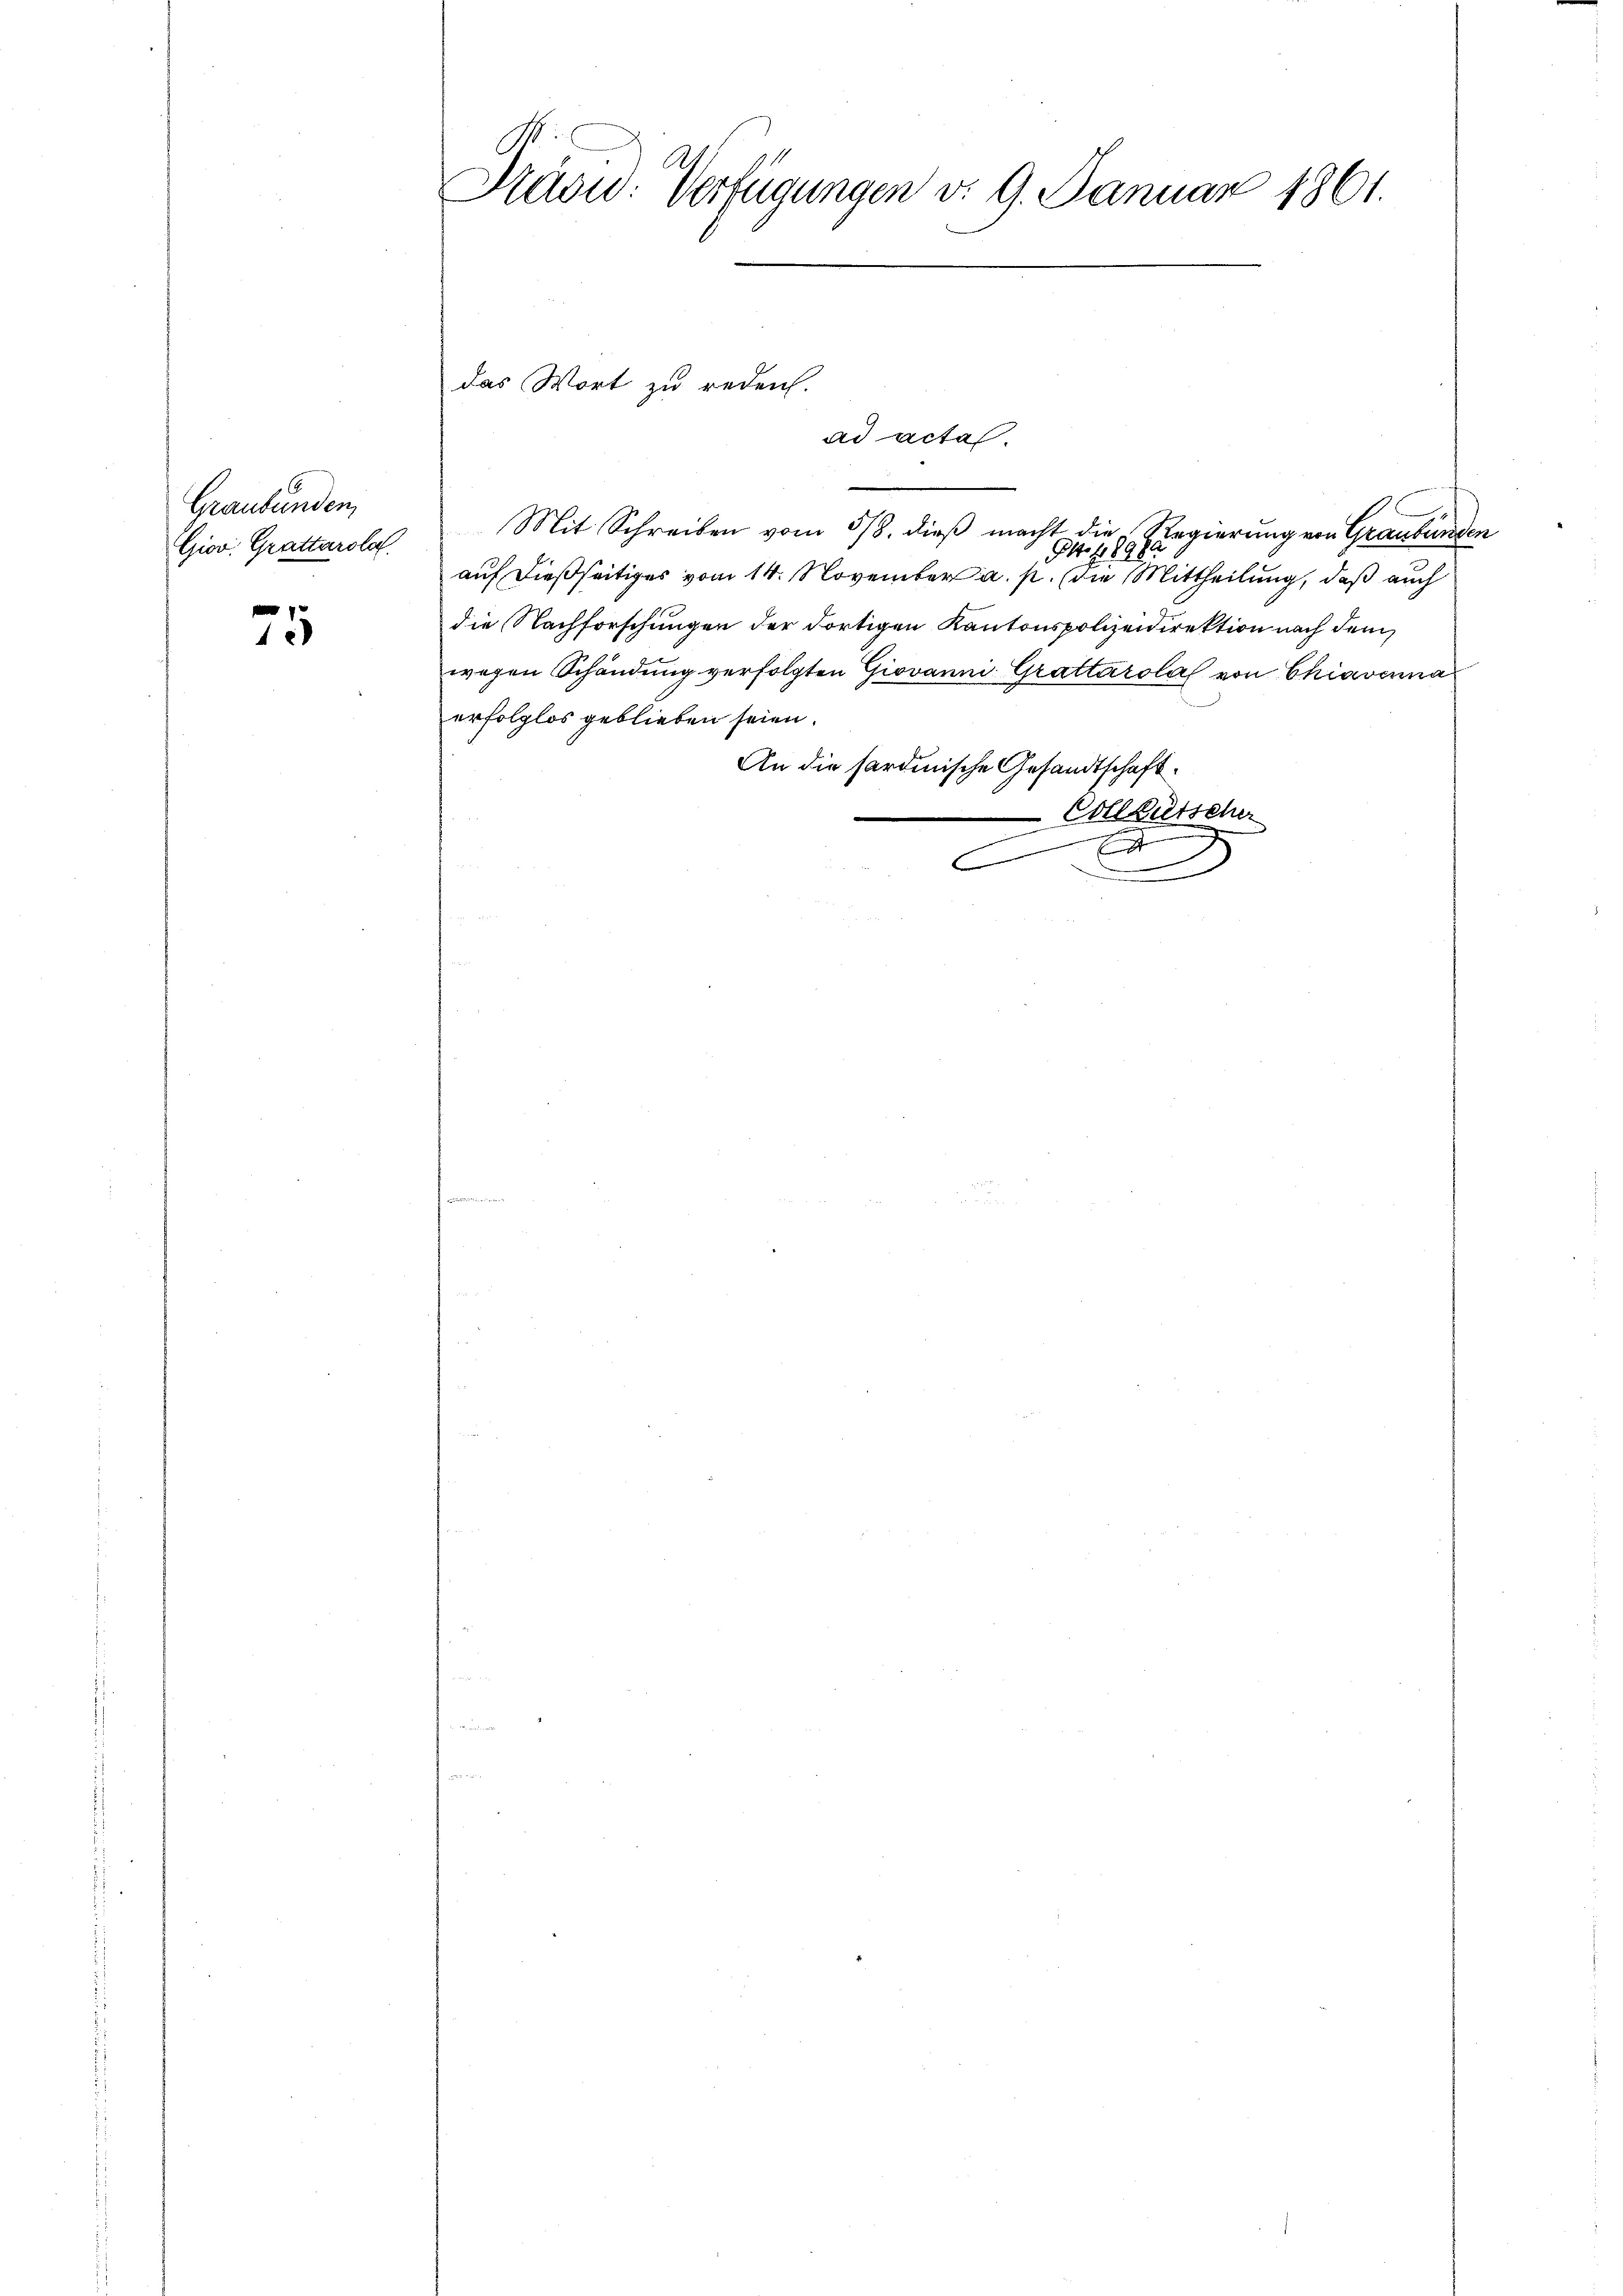
Graubünden,

75

Präsid. Verfügungen v. 9. Januar 1861.

Giov. Grattarola Mit Schreiben vom 5/8. dieβ macht die Regierung von Graubünden
.
94. 1890
auf dießseitiges vom 14. November a. p. die Mittheilung, daß auch
die Nachforschungen der dortigen Kantonspolizeidirektion nach dem
wegen Schändung verfolgten Giovanni Grattarolal von Chiavenna
erfolglos geblieben seien.
An die sardinische Gesandtschaft.
Collautscher
.
A

das Wort zu reden.
ad actas.